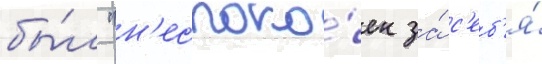
бы́л "н'еспоко́ен за́ с'еб'я́